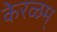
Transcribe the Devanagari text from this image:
केरळम्